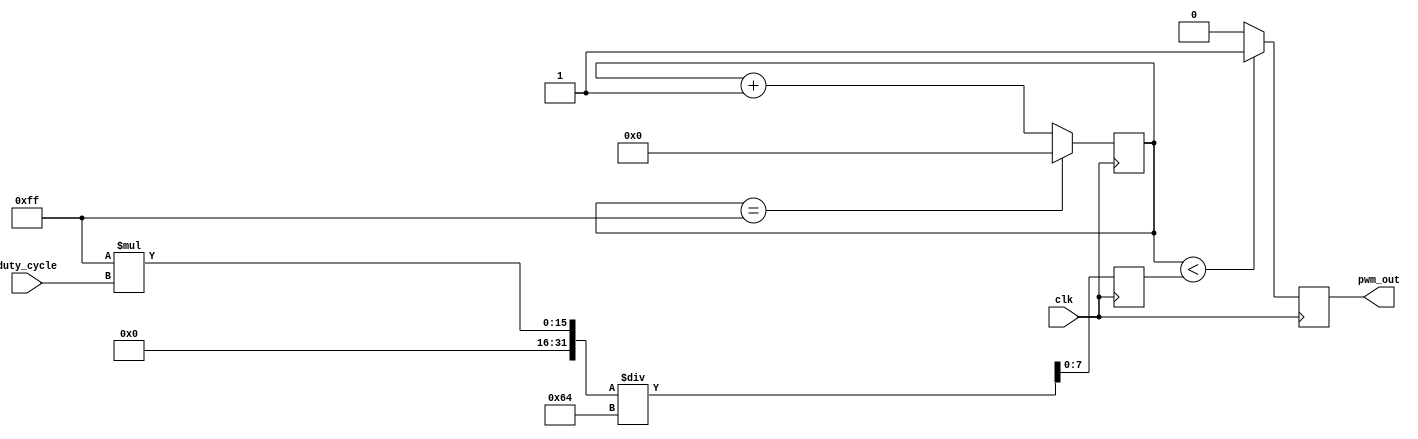
module PWM_generator(
    input wire clk,
    input wire [7:0] duty_cycle,
    output reg pwm_out
);

reg [7:0] threshold;
reg [7:0] counter;

always @ (posedge clk) begin
    if (counter < threshold) begin
        pwm_out <= 1;
    end else begin
        pwm_out <= 0;
    end
    
    counter <= counter + 1;
    
    if (counter == 255) begin
        counter <= 0;
    end
    
    threshold <= (255 * duty_cycle) / 100;
    
end

endmodule